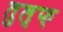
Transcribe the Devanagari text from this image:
तुल्फ़